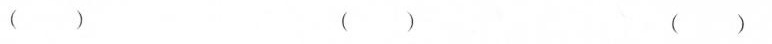
( ) ( ) ( )